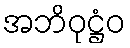
အဘိဝုဋ္ဌံဝ